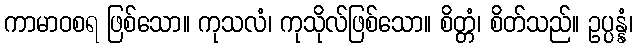
ကာမာဝစရ ဖြစ်သော။ ကုသလံ၊ ကုသိုလ်ဖြစ်သော။ စိတ္တံ၊ စိတ်သည်။ ဥပ္ပန္နံ၊